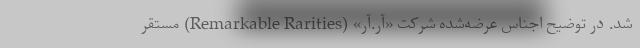
شد. در توضیح اجناس عرضه‌شده شرکت «آر.آر» (Remarkable Rarities) مستقر